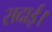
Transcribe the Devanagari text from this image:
सदाई।